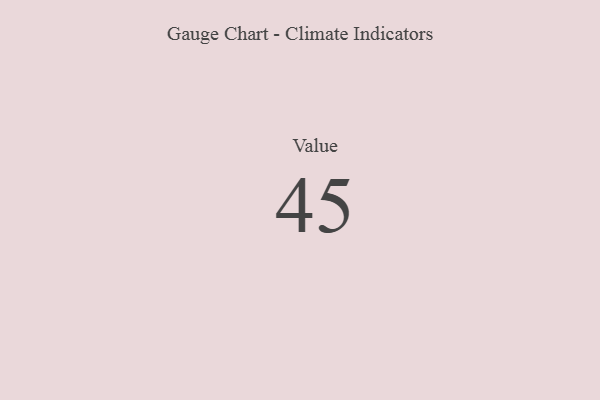
{"axis": {"x": "Metric", "y": "Value"}, "legend": [""], "data": [{"x": "Value", "y": 45, "type": ""}]}